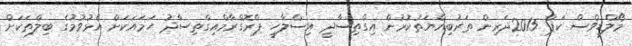
މޯލްޑިވްސް ކަޕް 2015ދަރިން ތަރުބިއްޔަތުކުރުން އިގްތިސާދީ އިސްލާހީ ޕްރޮގްރާމްއިގްތިސާދު ހަމައަކަށް އެޅުވުމުގެ ބިލްތަކަށް